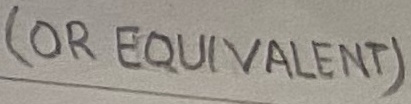
Text: (OR EQUIVALENT)